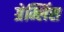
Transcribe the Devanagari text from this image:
ग्रेम्लिंस